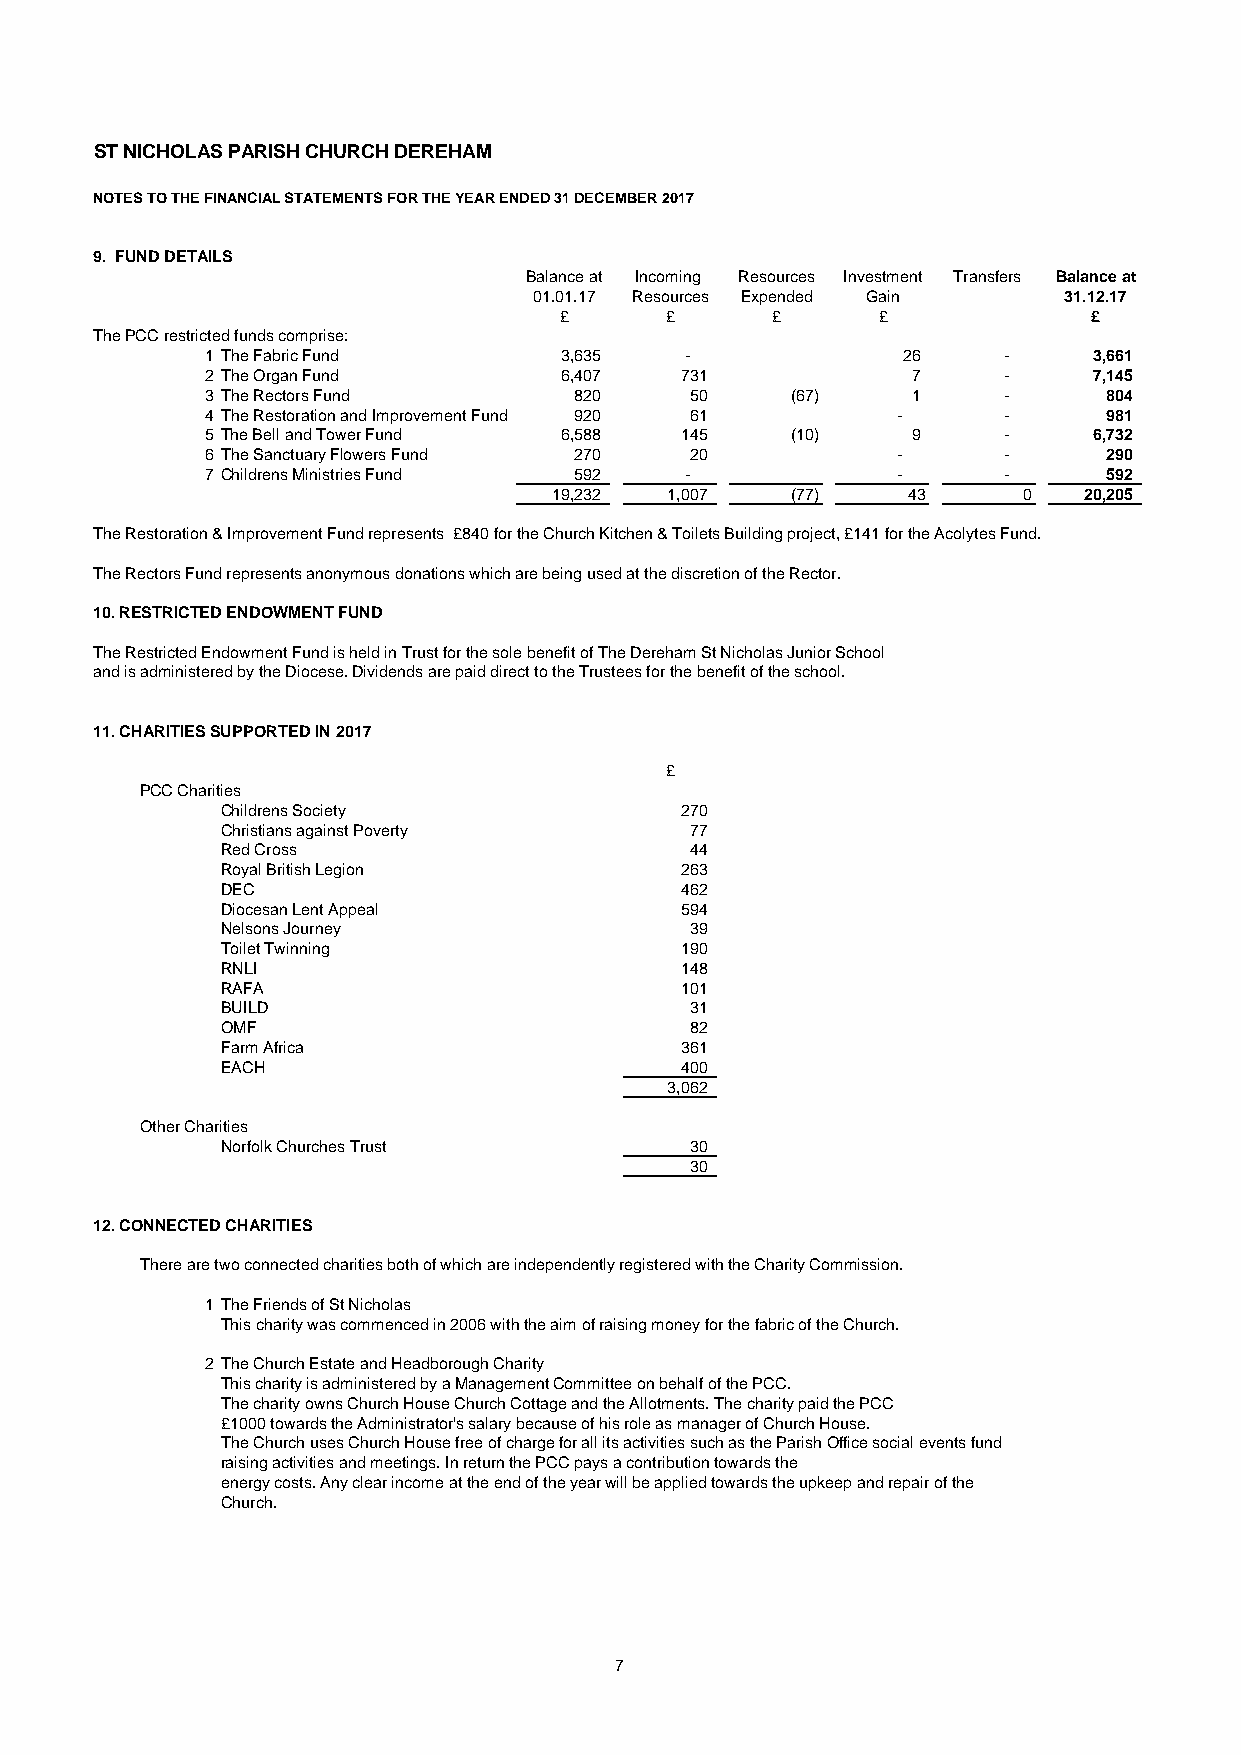
ST NICHOLAS PARISH CHURCH DEREHAM
 NOTES TO THE FINANCIAL STATEMENTS FOR THE YEAR ENDED 31 DECEMBER 2017
 9. FUND DETAILS
 Balance at Incoming Resources Investment Transfers Balance at
 01.01.17 Resources Expended Gain   31.12.17
 £      £      £      £             £
 The PCC restricted funds comprise:
 1 The Fabric Fund      3 ,635  -              2 6   -     3 ,661
 2 The Organ Fund       6 ,407  7 31           7     -     7 ,145
 3 The Rectors Fund      8 20    5 0   (67)    1     -      8 04
 4 The Restoration and Improvement Fund 9 20 6 1 -   -      9 81
 5 The Bell and Tower Fund 6 ,588 1 45 (10)    9     -     6 ,732
 6 The Sanctuary Flowers Fund 2 70 2 0        -      -      2 90
 7 Childrens Ministries Fund 5 92 -           -      -      5 92
 1 9,232 1 ,007 (77)    43      0   2 0,205
 The Restoration & Improvement Fund represents £840 for the Church Kitchen & Toilets Building project, £141 for the Acolytes Fund.
 The Rectors Fund represents anonymous donations which are being used at the discretion of the Rector.
 10. RESTRICTED ENDOWMENT FUND
 The Restricted Endowment Fund is held in Trust for the sole benefit of The Dereham St Nicholas Junior School
 and is administered by the Diocese. Dividends are paid direct to the Trustees for the benefit of the school.
 11. CHARITIES SUPPORTED IN 2017
 £
 PCC Charities
 Childrens Society             2 70
 Christians against Poverty     7 7
 Red Cross                      4 4
 Royal British Legion          2 63
 DEC                           4 62
 Diocesan Lent Appeal          5 94
 Nelsons Journey                3 9
 Toilet Twinning               1 90
 RNLI                          1 48
 RAFA                          1 01
 BUILD                          3 1
 OMF                            8 2
 Farm Africa                   3 61
 EACH                          4 00
 3 ,062
 Other Charities
 Norfolk Churches Trust         3 0
 3 0
 12. CONNECTED CHARITIES
 There are two connected charities both of which are independently registered with the Charity Commission.
 1 The Friends of St Nicholas
 This charity was commenced in 2006 with the aim of raising money for the fabric of the Church.
 2 The Church Estate and Headborough Charity
 This charity is administered by a Management Committee on behalf of the PCC.
 The charity owns Church House Church Cottage and the Allotments. The charity paid the PCC
 £1000 towards the Administrator's salary because of his role as manager of Church House.
 The Church uses Church House free of charge for all its activities such as the Parish Office social events fund
 raising activities and meetings. In return the PCC pays a contribution towards the
 energy costs. Any clear income at the end of the year will be applied towards the upkeep and repair of the
 Church.
 7